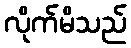
လိုက်မိသည်